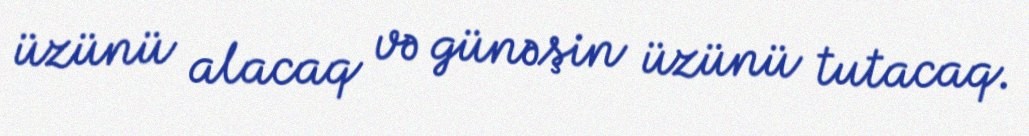
üzünü alacaq və günəşin üzünü tutacaq.